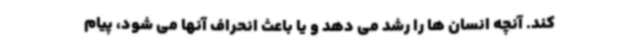
کند. آنچه انسان ها را رشد می دهد و یا باعث انحراف آنها می شود، پیام